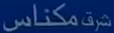
مكناس شرک